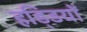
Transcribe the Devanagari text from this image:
हडि्‍डयों